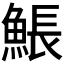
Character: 𩸕